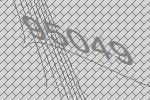
95049